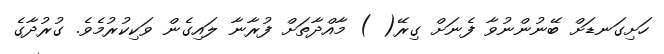
ހަށިގަނޑަށް ބޭނުންނުވާ ފެނަށް ގިރޭ( ) މާއްދާތަށް ފުރާނާ ލައިގެން ވަކިކުރުމެވެ. ގުރުދާގެ